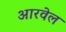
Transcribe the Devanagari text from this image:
आरवेल